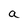
Character: a